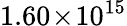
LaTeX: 1.60\! \times\! 10^{15}